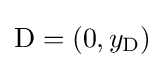
\mathrm {D} =(0,y_{\mathrm {D} })